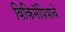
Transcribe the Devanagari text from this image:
विकिमॅपियाचे